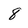
Character: 8